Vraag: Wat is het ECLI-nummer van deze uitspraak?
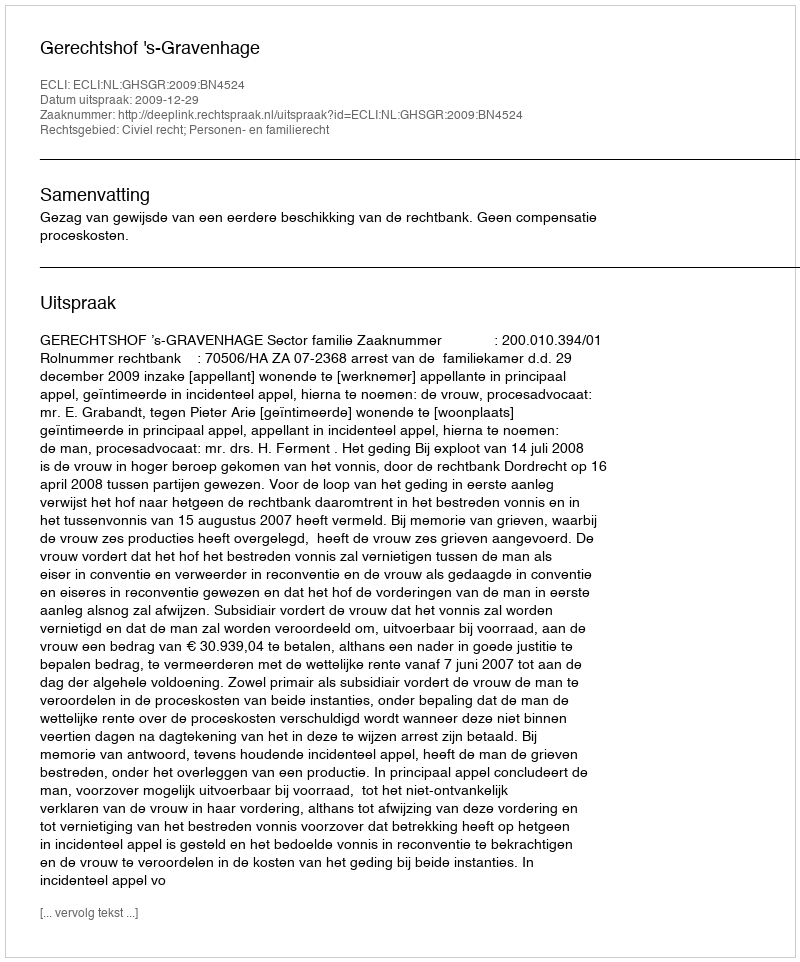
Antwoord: ECLI:NL:GHSGR:2009:BN4524